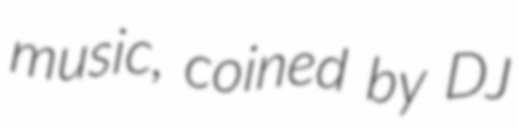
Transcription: music, coined by DJ